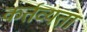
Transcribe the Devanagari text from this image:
कर्तव्यता